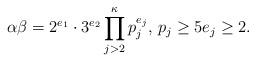
LaTeX: \begin{align*} \alpha\beta=2^{e_{1}}\cdot 3^{e_{2}}\,\underset{j>2}{\overset{\kappa}{\prod}}\,p_{j}^{e_{j}}, \, p_{j}\geq 5 e_{j}\geq 2. \end{align*}